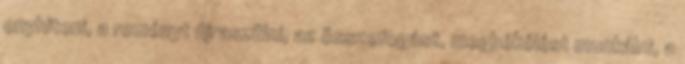
enyhiteni, a reményt újraszülni, az összefogást, megbékélést munkálni, a